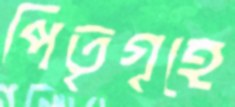
পিতৃগৃহে